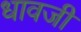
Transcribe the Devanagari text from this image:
धावजी